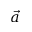
\vec { a }